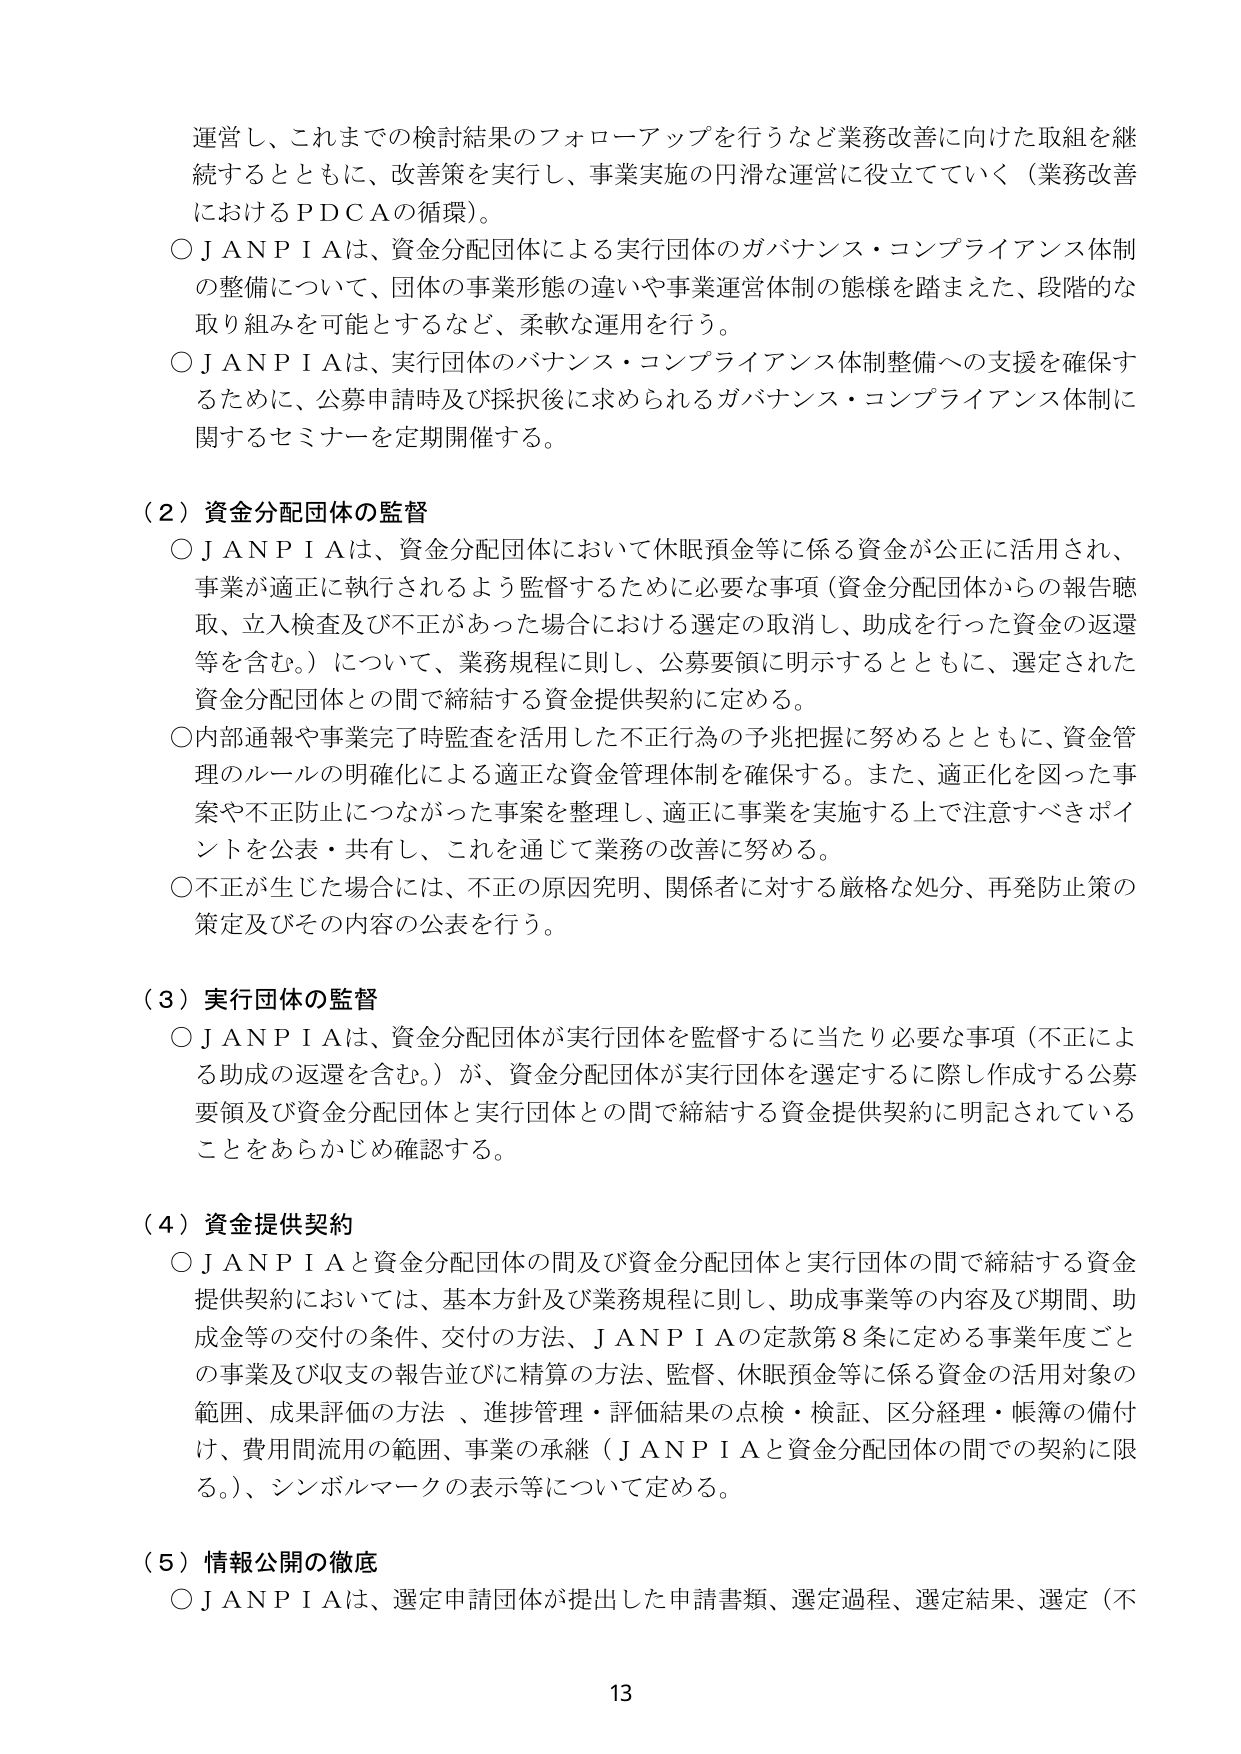
運営し、これまでの検討結果のフォローアップを行うなど業務改善に向けた取組を継続するとともに、改善策を実行し、事業実施の円滑な運営に役立てていく（業務改善におけるＰＤＣＡの循環）。

○ＪＡＮＰＩＡは、資金分配団体による実行団体のガバナンス・コンプライアンス体制の整備について、団体の事業形態の違いや事業運営体制の態様を踏まえた、段階的な取り組みを可能とするなど、柔軟な運用を行う。

○ＪＡＮＰＩＡは、実行団体のガバナンス・コンプライアンス体制整備への支援を確保するために、公募申請時及び採択後に求められるガバナンス・コンプライアンス体制に関するセミナーを定期開催する。

（２）資金分配団体の監督

○ＪＡＮＰＩＡは、資金分配団体において休眠預金等に係る資金が公正に活用され、事業が適正に執行されるよう監督するために必要な事項（資金分配団体からの報告聴取、立入検査及び不正があった場合における選定の取消し、助成を行った資金の返還等を含む。）について、業務規程に則し、公募要領に明示するとともに、選定された資金分配団体との間で締結する資金提供契約に定める。

○内部通報や事業完了時監査を活用した不正行為の予兆把握に努めるとともに、資金管理のルールの明確化による適正な資金管理体制を確保する。また、適正化を図った事案や不正防止につながった事案を整理し、適正に事業を実施する上で注意すべきポイントを公表・共有し、これを通じて業務の改善に努める。

○不正が生じた場合には、不正の原因究明、関係者に対する厳格な処分、再発防止策の策定及びその内容の公表を行う。

（３）実行団体の監督

○ＪＡＮＰＩＡは、資金分配団体が実行団体を監督するに当たり必要な事項（不正による助成の返還を含む。）が、資金分配団体が実行団体を選定するに際し作成する公募要領及び資金分配団体と実行団体との間で締結する資金提供契約に明記されていることをあらかじめ確認する。

（４）資金提供契約

○ＪＡＮＰＩＡと資金分配団体の間及び資金分配団体と実行団体の間で締結する資金提供契約においては、基本方針及び業務規程に則し、助成事業等の内容及び期間、助成金等の交付の条件、交付の方法、ＪＡＮＰＩＡの定款第８条に定める事業年度ごとの事業及び収支の報告並びに精算の方法、監督、休眠預金等に係る資金の活用対象の範囲、成果評価の方法、進捗管理・評価結果の点検・検証、区分経理・帳簿の備付は、費用間流用の範囲、事業の承継（ＪＡＮＰＩＡと資金分配団体の間での契約に限る。）、シンボルマークの表示等について定める。

（５）情報公開の徹底

○ＪＡＮＰＩＡは、選定申請団体が提出した申請書類、選定過程、選定結果、選定（不

13